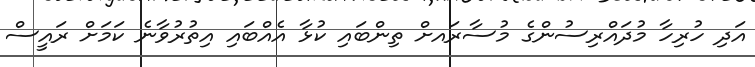
އަދި ހުރިހާ މުދައްރިސުންގެ މުސާރައށް ތިންބައި ކުޅާ އެއްބައި އިތުރުވާނެ ކަމަށް ރައީސް